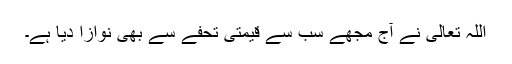
اللہ تعالی نے آج مجھے سب سے قیمتی تحفے سے بھی نوازا دیا ہے۔